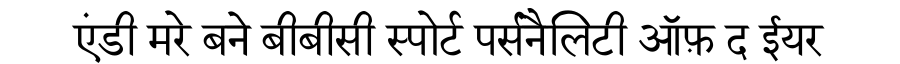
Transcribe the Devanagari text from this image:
एंडी मरे बने बीबीसी स्पोर्ट पर्सनैलिटी ऑफ़ द ईयर